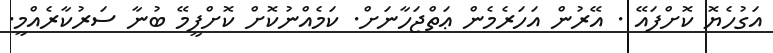
އަގުހެޔޮ ކޮށްފައޭ . އޭރުން އަހަރެމެން ޢަތްޖަހާނަށް. ކަމެއްނުކޮށް ކޮށްފީމޭ ބުނާ ސަރުކާރެއްމީ.